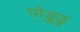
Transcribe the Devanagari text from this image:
पोड़ुडु